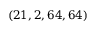
( 2 1 , 2 , 6 4 , 6 4 )